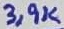
Text: 3,9K